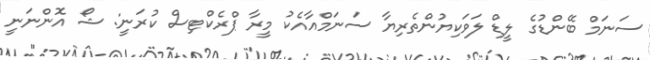
ސަނަމް ބޭންޑުގެ ލީޑް ލަވަކިޔުންތެރިޔާ ސަނަމްއާއެކު މީރާ ޕްރެކްޓިސް ކުރަނީ: ޝޯ އޮންނަނީ